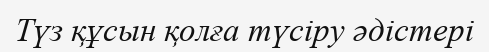
Түз құсын қолға түсіру әдістері